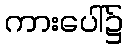
ကားပေါ်၌